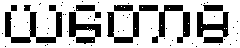
ယတောဓ